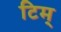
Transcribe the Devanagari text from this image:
टिम्‌